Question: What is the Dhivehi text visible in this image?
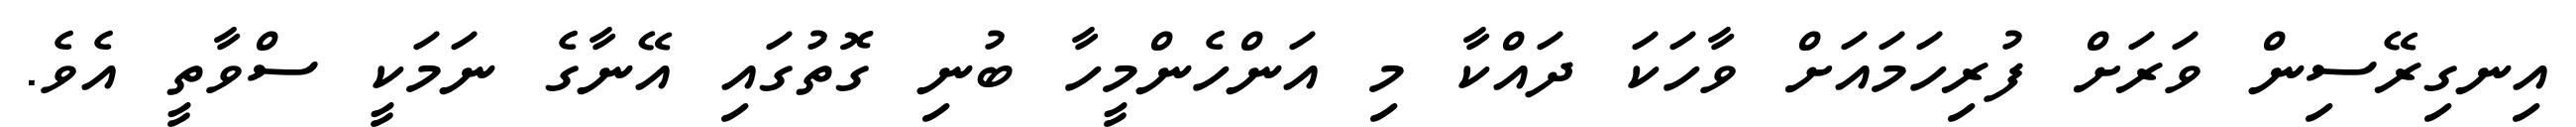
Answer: އިނގިރޭސިން ވަރަށް ފުރިހަމައަށް ވާހަކަ ދައްކާ މި އަންހެންމީހާ ބުނި ގޮތުގައި އޭނާގެ ނަމަކީ ސްވާތީ އެވެ.